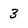
Character: 3